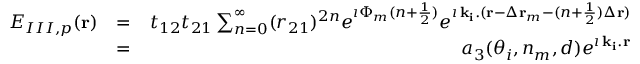
\begin{array} { r l r } { E _ { I I I , p } ( { \bf r } ) } & { = } & { t _ { 1 2 } t _ { 2 1 } \sum _ { n = 0 } ^ { \infty } ( r _ { 2 1 } ) ^ { 2 n } e ^ { \imath \Phi _ { m } ( n + \frac { 1 } { 2 } ) } e ^ { \imath \, { \bf k _ { i } } . ( { \bf r } - \Delta { \bf r } _ { m } - ( n + \frac { 1 } { 2 } ) \Delta { \bf r } ) } } \\ & { = } & { a _ { 3 } ( \theta _ { i } , n _ { m } , d ) e ^ { \imath \, { \bf k _ { i } } . { \bf r } } } \end{array}